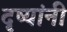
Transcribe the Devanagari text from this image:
दृष्यांनी